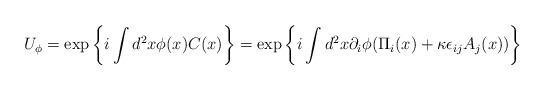
LaTeX: \begin{align*}U_\phi=\exp\left\{i\int d^2x \phi(x)C(x)\right\}=\exp\left\{i\int d^2x\partial_i\phi(\Pi_i(x)+\kappa\epsilon_{ij}A_j(x))\right\}\end{align*}